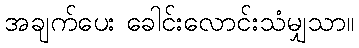
အချက်ပေး ခေါင်းလောင်းသံမျှသာ။